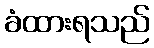
ခံထားရသည်